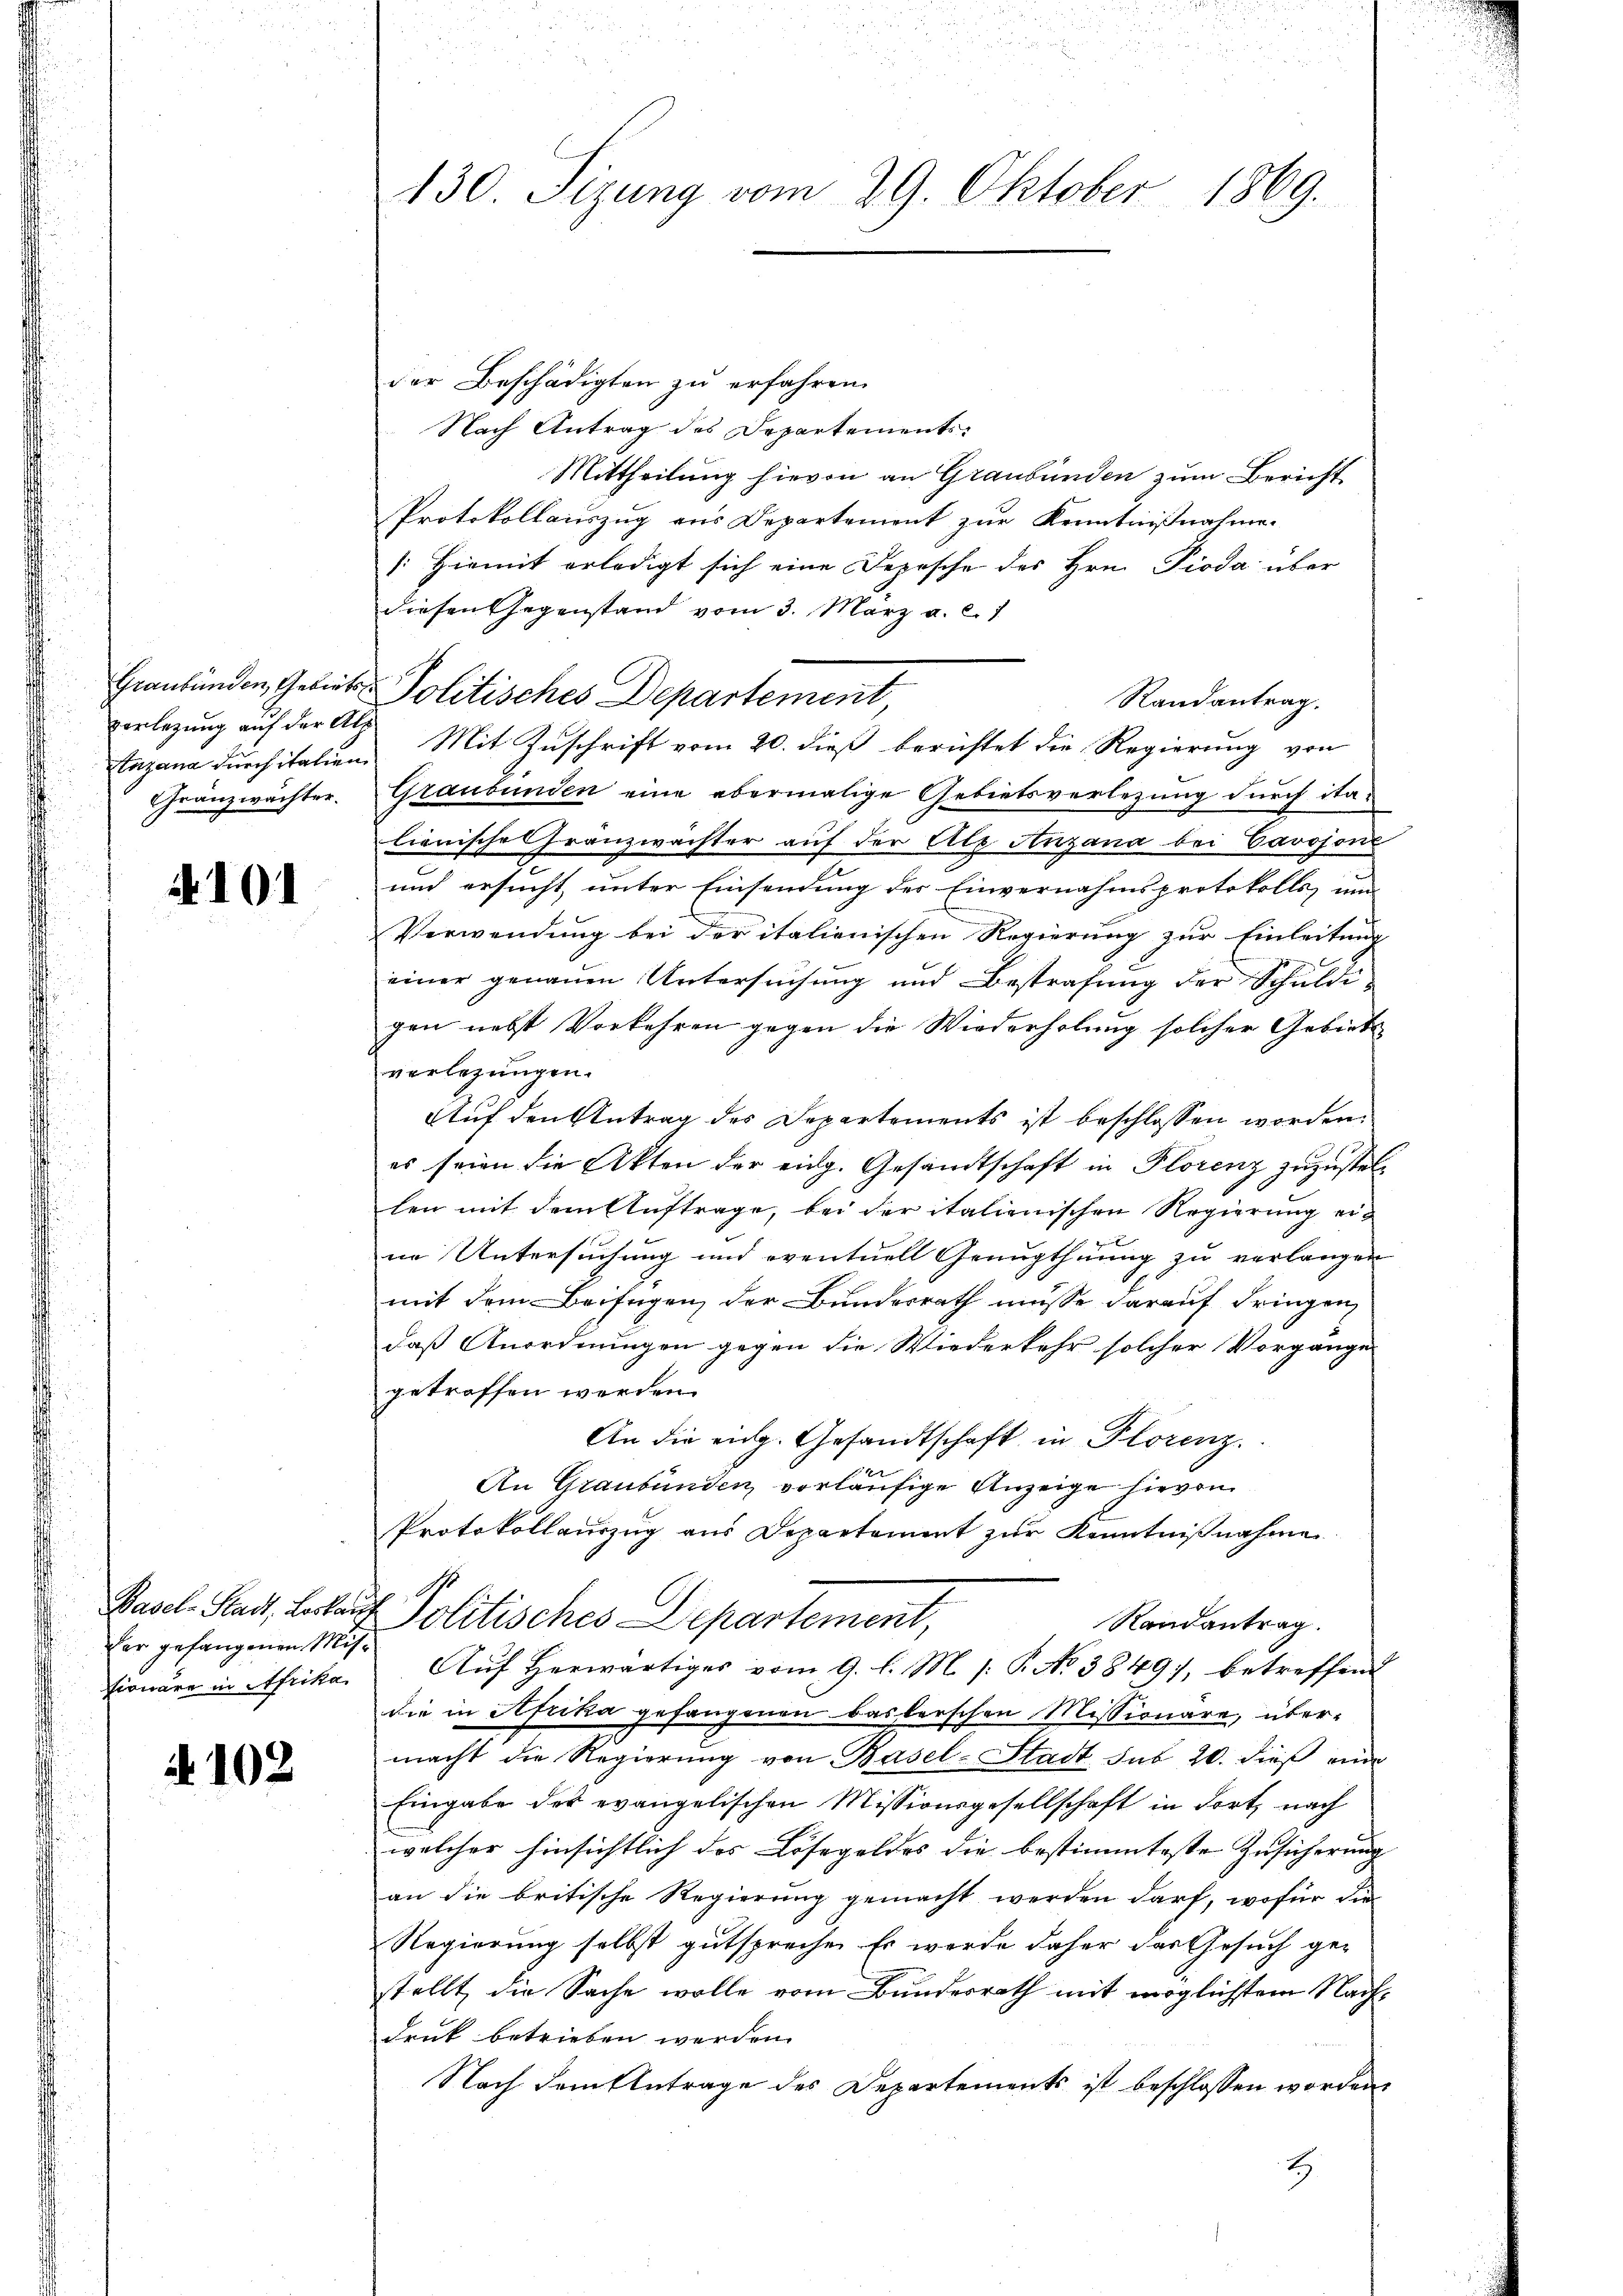
vorlegung auf der Alp
Gränzwächter.

101

Basel-Stadt, Loskau
Der gefangenen Mit¬
Eiowäre in Afrika

d. 102

130. Sizung vom 29. Oktober 1869.

der Beschädigten zu erfahren.
Nach Antrag des Departements-
Mittheilung hievon an Graubünden zum Bericht
Protokollauszug aus Departement zur Kenntnißnahme.
(: Hiemit erledigt sich eine Depesche des Hrn. Pioda über
diesen Gegenstand vom 3. März a. c. 1
Randantrag.
Enzang dŭrchitalien. Mit Zŭschrift vom 20. dieß berichtet die Regierung von
Graubünden eine abermalige Gebietsverlegung durch italienische Franzwächter auf der Alp Anzana bei Cavojone
und ersucht, unter Einsendung des Einvernahmsprotokolls, um
Verwendung bei der italienischen Regierung zur Einleitung
einer genauen Untersuchung und Bestrafung der Schuldi-
gen nebst Vorkehren gegen die Wiederholung solcher Gebiete
verlegungen.
Auf den Antrag des Departements ist beschlossen worden.
es seien die Akten der eidg. Gesandtschaft in Florenz zuzustellen mit dem Auftrage, bei der italienischen Regierung eine Untersuchung und eventuell Genugthuung zu verlangen
mit dem Beifügen, der Bundesrath müsse darauf dringen
daß Anordnungen gegen die Wiederkehr solcher Vorgange
getroffen worden.
An die eidg. Gesandtschaft in Florenz.
f
An Graubünden vorläufige Anzeige hievon
Protokollauszug aus Departement zur Kenntnißnahme
4 Politisches Departement,
Randantrag.
" Auf Herwärtiges vom 9. l. M. /: P. No 38497, betreffend
die in Afrika gefangenen Baslerschen Missionäre, übermacht die Regierung von Basel-Stadt sub 20. dieß eine
Eingabe des evangelischen Missionsgesellschaft in dort nach
welcher hinsichtlich des Lösegeldes die bestimmteste Zusicherung
an die britische Regierung gemacht werden darf, wofür die
Regierung selbst gutspreche. Er werde daher das Gesuch gestellt, die Sache wolle vom Bundesrath mit möglichstem Nachdruk betrieben werden.
Nach dem Antrage des Departements ist beschlossen worden,
2

Graubünden, Gebiete Politisches Departement